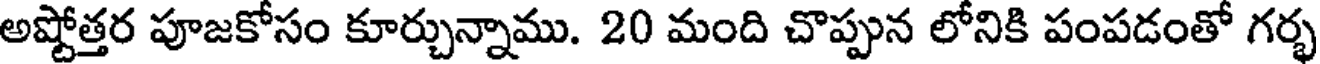
అష్టోత్తర పూజకోసం కూర్చున్నాము. 20 మంది చొప్పున లోనికి పంపడంతో గర్భ